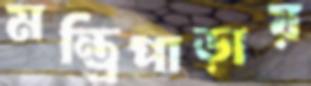
মন্ত্রিপাড়ায়